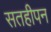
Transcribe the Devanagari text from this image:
सतहीपन